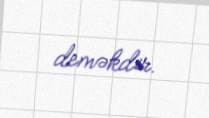
deməkdir.